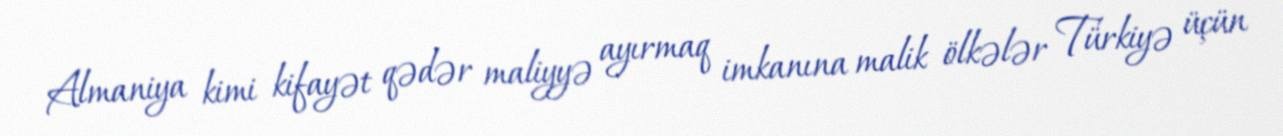
Almaniya kimi kifayət qədər maliyyə ayırmaq imkanına malik ölkələr Türkiyə üçün